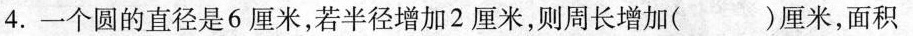
4. 一个圆的直径是 6 厘米，若半径增加 2 厘米，则周长增加( )厘米，面积